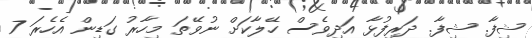
ޝިފާ. ޝިފާ. ދަރިފުޅާ އަދިވެސް ހޭލާކަށް ނުވޭތަ މިހާރު ގަޑިން އެހެރަ 7